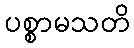
ပစ္စာမသတိ